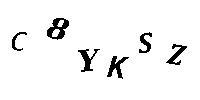
C8YKSZ